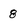
Character: 8